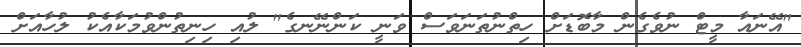
"އޭނައާ މީޓް ނުވެގެން މާބޮޑަށް ހިތްނުތަނަވަސް ވަނީ ކަންނޭނގެ" ލުއި ހިނިތުންވުމަކާއެކު ލުހާއަށް